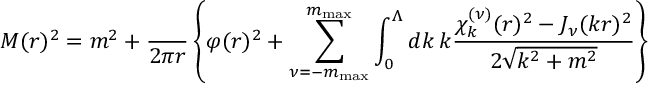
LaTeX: M ( r ) ^ { 2 } = m ^ { 2 } + \frac { \l } { 2 \pi r } \left\{ \varphi ( r ) ^ { 2 } + \sum _ { \nu = - m _ { \mathrm { m a x } } } ^ { m _ { \mathrm { m a x } } } \int _ { 0 } ^ { \Lambda } d k \, k \frac { \chi _ { k } ^ { ( \nu ) } ( r ) ^ { 2 } - J _ { \nu } ( k r ) ^ { 2 } } { 2 \sqrt { k ^ { 2 } + m ^ { 2 } } } \right\}